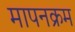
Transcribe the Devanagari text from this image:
मापनक्रम